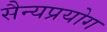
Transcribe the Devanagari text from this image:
सैन्यप्रयोग